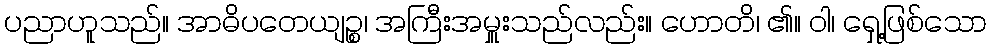
ပညာဟူသည်။ အာဓိပတေယျဉ္စ၊ အကြီးအမှူးသည်လည်း။ ဟောတိ၊ ၏။ ဝါ၊ ရှေ့ဖြစ်သော